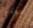
سفلي